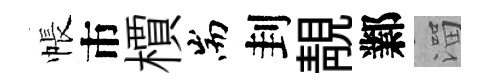
帳市檟耑刲靚鄴溜